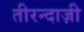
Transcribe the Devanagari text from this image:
तीरन्दाज़ी